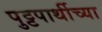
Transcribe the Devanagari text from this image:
पुट्टपार्थीच्या